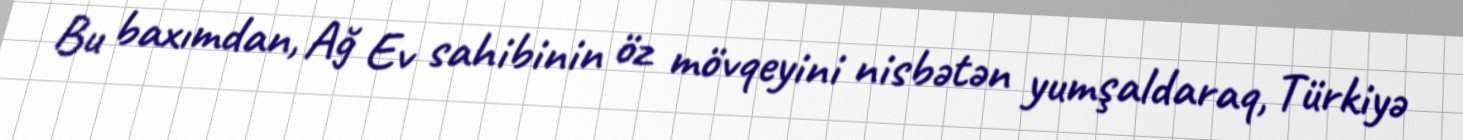
Bu baxımdan, Ağ Ev sahibinin öz mövqeyini nisbətən yumşaldaraq, Türkiyə